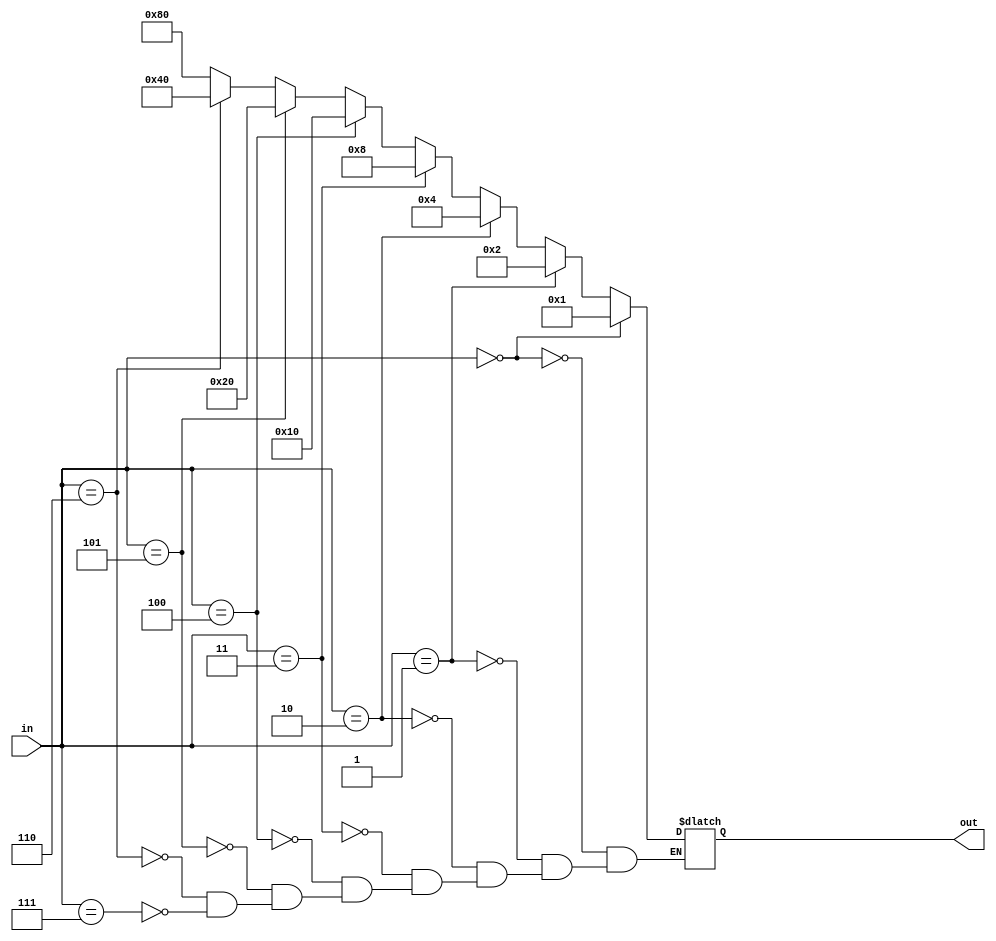
module decoder_3_to_8(in, out);

input [2:0] in;
output reg [7:0] out;

always @(*) begin
	if (in == 3'b000)
		out <= 8'b00000001;
	else if (in == 3'b001)
		out <= 8'b00000010;
	else if (in == 3'b010)
		out <= 8'b00000100;
	else if (in == 3'b011)
		out <= 8'b00001000;
	else if (in == 3'b100)
		out <= 8'b00010000;
	else if (in == 3'b101)
		out <= 8'b00100000;
	else if (in == 3'b110)
		out <= 8'b01000000;
	else if (in == 3'b111)
		out <= 8'b10000000;
end	
	
endmodule